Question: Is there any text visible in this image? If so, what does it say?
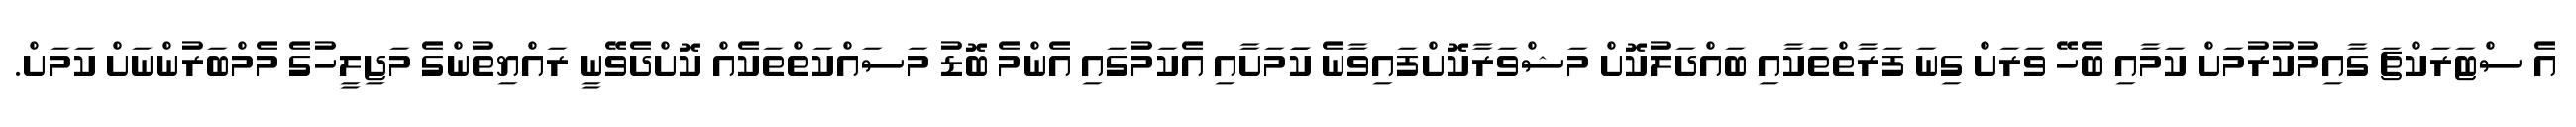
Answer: އެ ސްޓަރަކްޗަ ގާއިމުކުރުމަށް ކަމާއި ބެހޭ ވަރަށް ގިނަ ފަރާތްތަކާއި ބައްދަލުކޮށް މަޝްވަރާކޮށްފައިވާނެ ކަަމަށާއި އެކަމުގައި އެންމެ ބޮޑު މަސައްކަތްތަކެއް ކޮށްދެވޭނީ ރައްޔިތުންގެ މަޖިލީހުގެ މެމްބަރުންނަށް ކަމަށް.